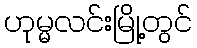
ဟုမ္မလင်းမြို့တွင်